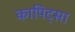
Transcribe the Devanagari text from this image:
कापिट्सा